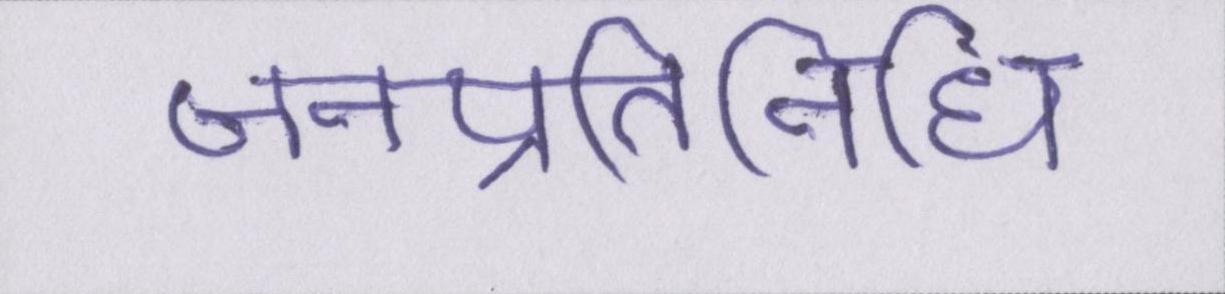
जनप्रतिनिधि